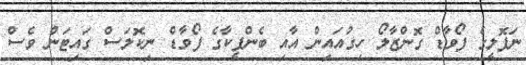
ނަޕޮލީގެ ފޯވާޑް ގޮންޒާލޯ ހިގުއައިން އާއި ބެންފީކާގެ ފޯވާޑް ނިކޮލަސް ގައިޓަން ވެސް